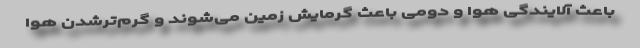
باعث آلایندگی هوا و دومی باعث گرمایش زمین می‌شوند و گرم‌ترشدن هوا